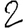
Digit: 2